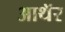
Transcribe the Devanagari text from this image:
आथॅर